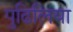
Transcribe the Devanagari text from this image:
पुढिलिया